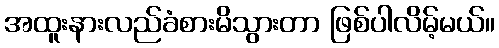
အထူးနားလည်ခံစားမိသွားတာ ဖြစ်ပါလိမ့်မယ်။